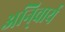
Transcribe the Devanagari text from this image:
अनि्वार्य